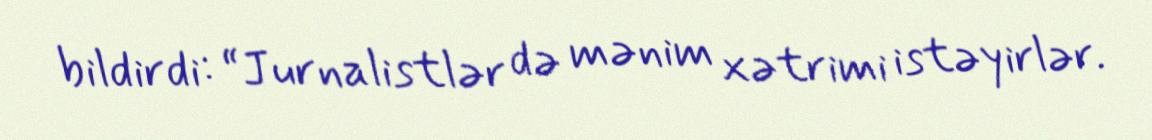
bildirdi: “Jurnalistlər də mənim xətrimi istəyirlər.